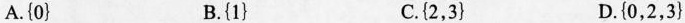
A.{0}B.{1} C.{2，3} D.{0，2，3}